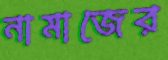
নামাজের